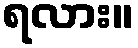
ရလား။